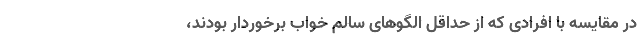
در مقایسه با افرادی که از حداقل الگوهای سالم خواب برخوردار بودند،